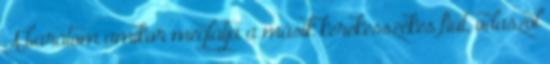
A barátom amikor meglátja a másik kerekesszékes fiút, odaszól